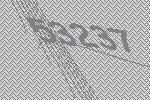
53237